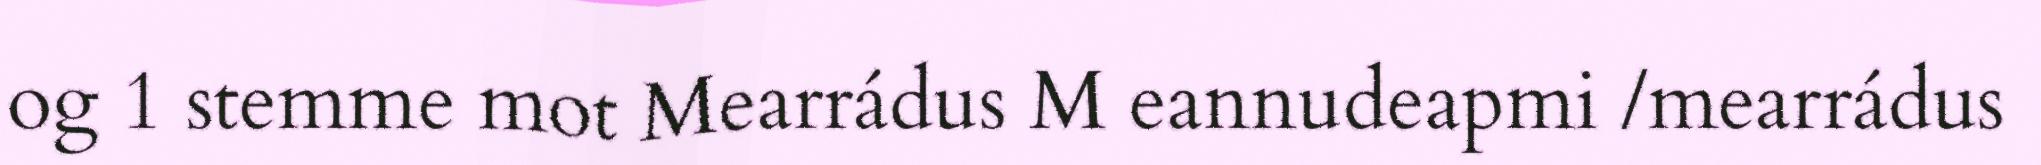
og 1 stemme mot Mearrádus M eannudeapmi /mearrádus